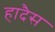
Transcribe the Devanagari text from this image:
हादैस